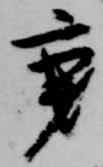
秉